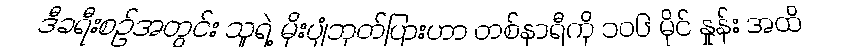
ဒီခရီးစဉ်အတွင်း သူရဲ့ မိုးပျံဘုတ်ပြားဟာ တစ်နာရီကို ၁၀၆ မိုင် နှုန်း အထိ